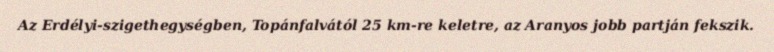
Az Erdélyi-szigethegységben, Topánfalvától 25 km-re keletre, az Aranyos jobb partján fekszik.